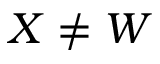
X \neq W